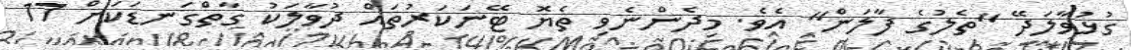
ގުޅުވާލަދޭ "ތެލުގެ ފާލަން" އެވެ. މިދެންނެވި ތެޔޮ ޓޭނަކަރުތައް ދުވާލަކު ގާތްގަނޑަކަށް 17